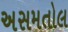
અસમતોલ